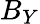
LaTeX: B_{Y}